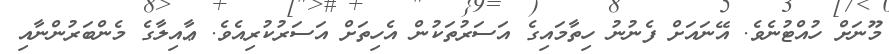
މޫނަށް ހުއްޓުނެވެ. އޭނައަށް ފެނުނު ހިތާމައިގެ އަސަރުތަކުން އެހިތަށް އަަަސަރުކުރިއެވެ. ޢާއިލާގެ މެންބަރުންނާއި